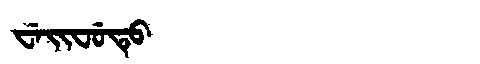
Manchu: ᠸᡝᡳᠸᡠᡨᡠ
Romanization: WEIFUTU